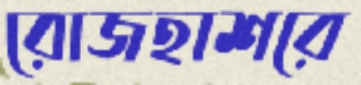
রোজহাশরে